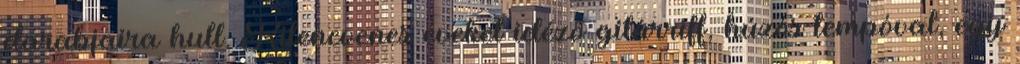
darabjaira hull. Kilencvenes éveket idéző gitárriff, húzós tempóval, egy